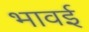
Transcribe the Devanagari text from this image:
भावई